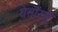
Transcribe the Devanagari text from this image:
थेसॉरस्